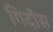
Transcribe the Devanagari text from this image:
गिदौस